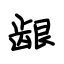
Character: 龈